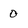
Character: 0